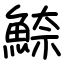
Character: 䱞